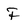
Character: F